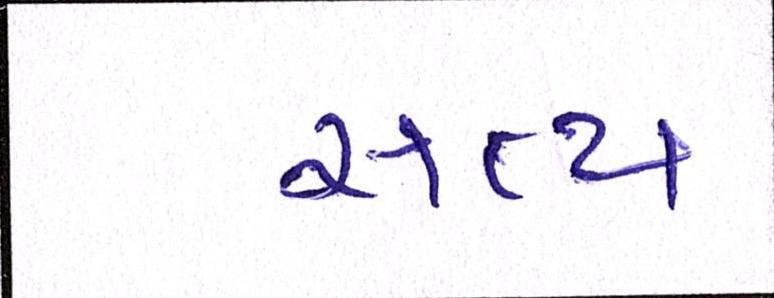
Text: સત્ય